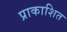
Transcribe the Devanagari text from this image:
प्राकाशित